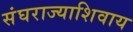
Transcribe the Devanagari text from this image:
संघराज्याशिवाय